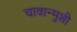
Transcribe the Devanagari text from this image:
चावान्मुशी